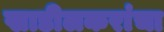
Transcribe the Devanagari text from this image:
खाडीलकरांचा